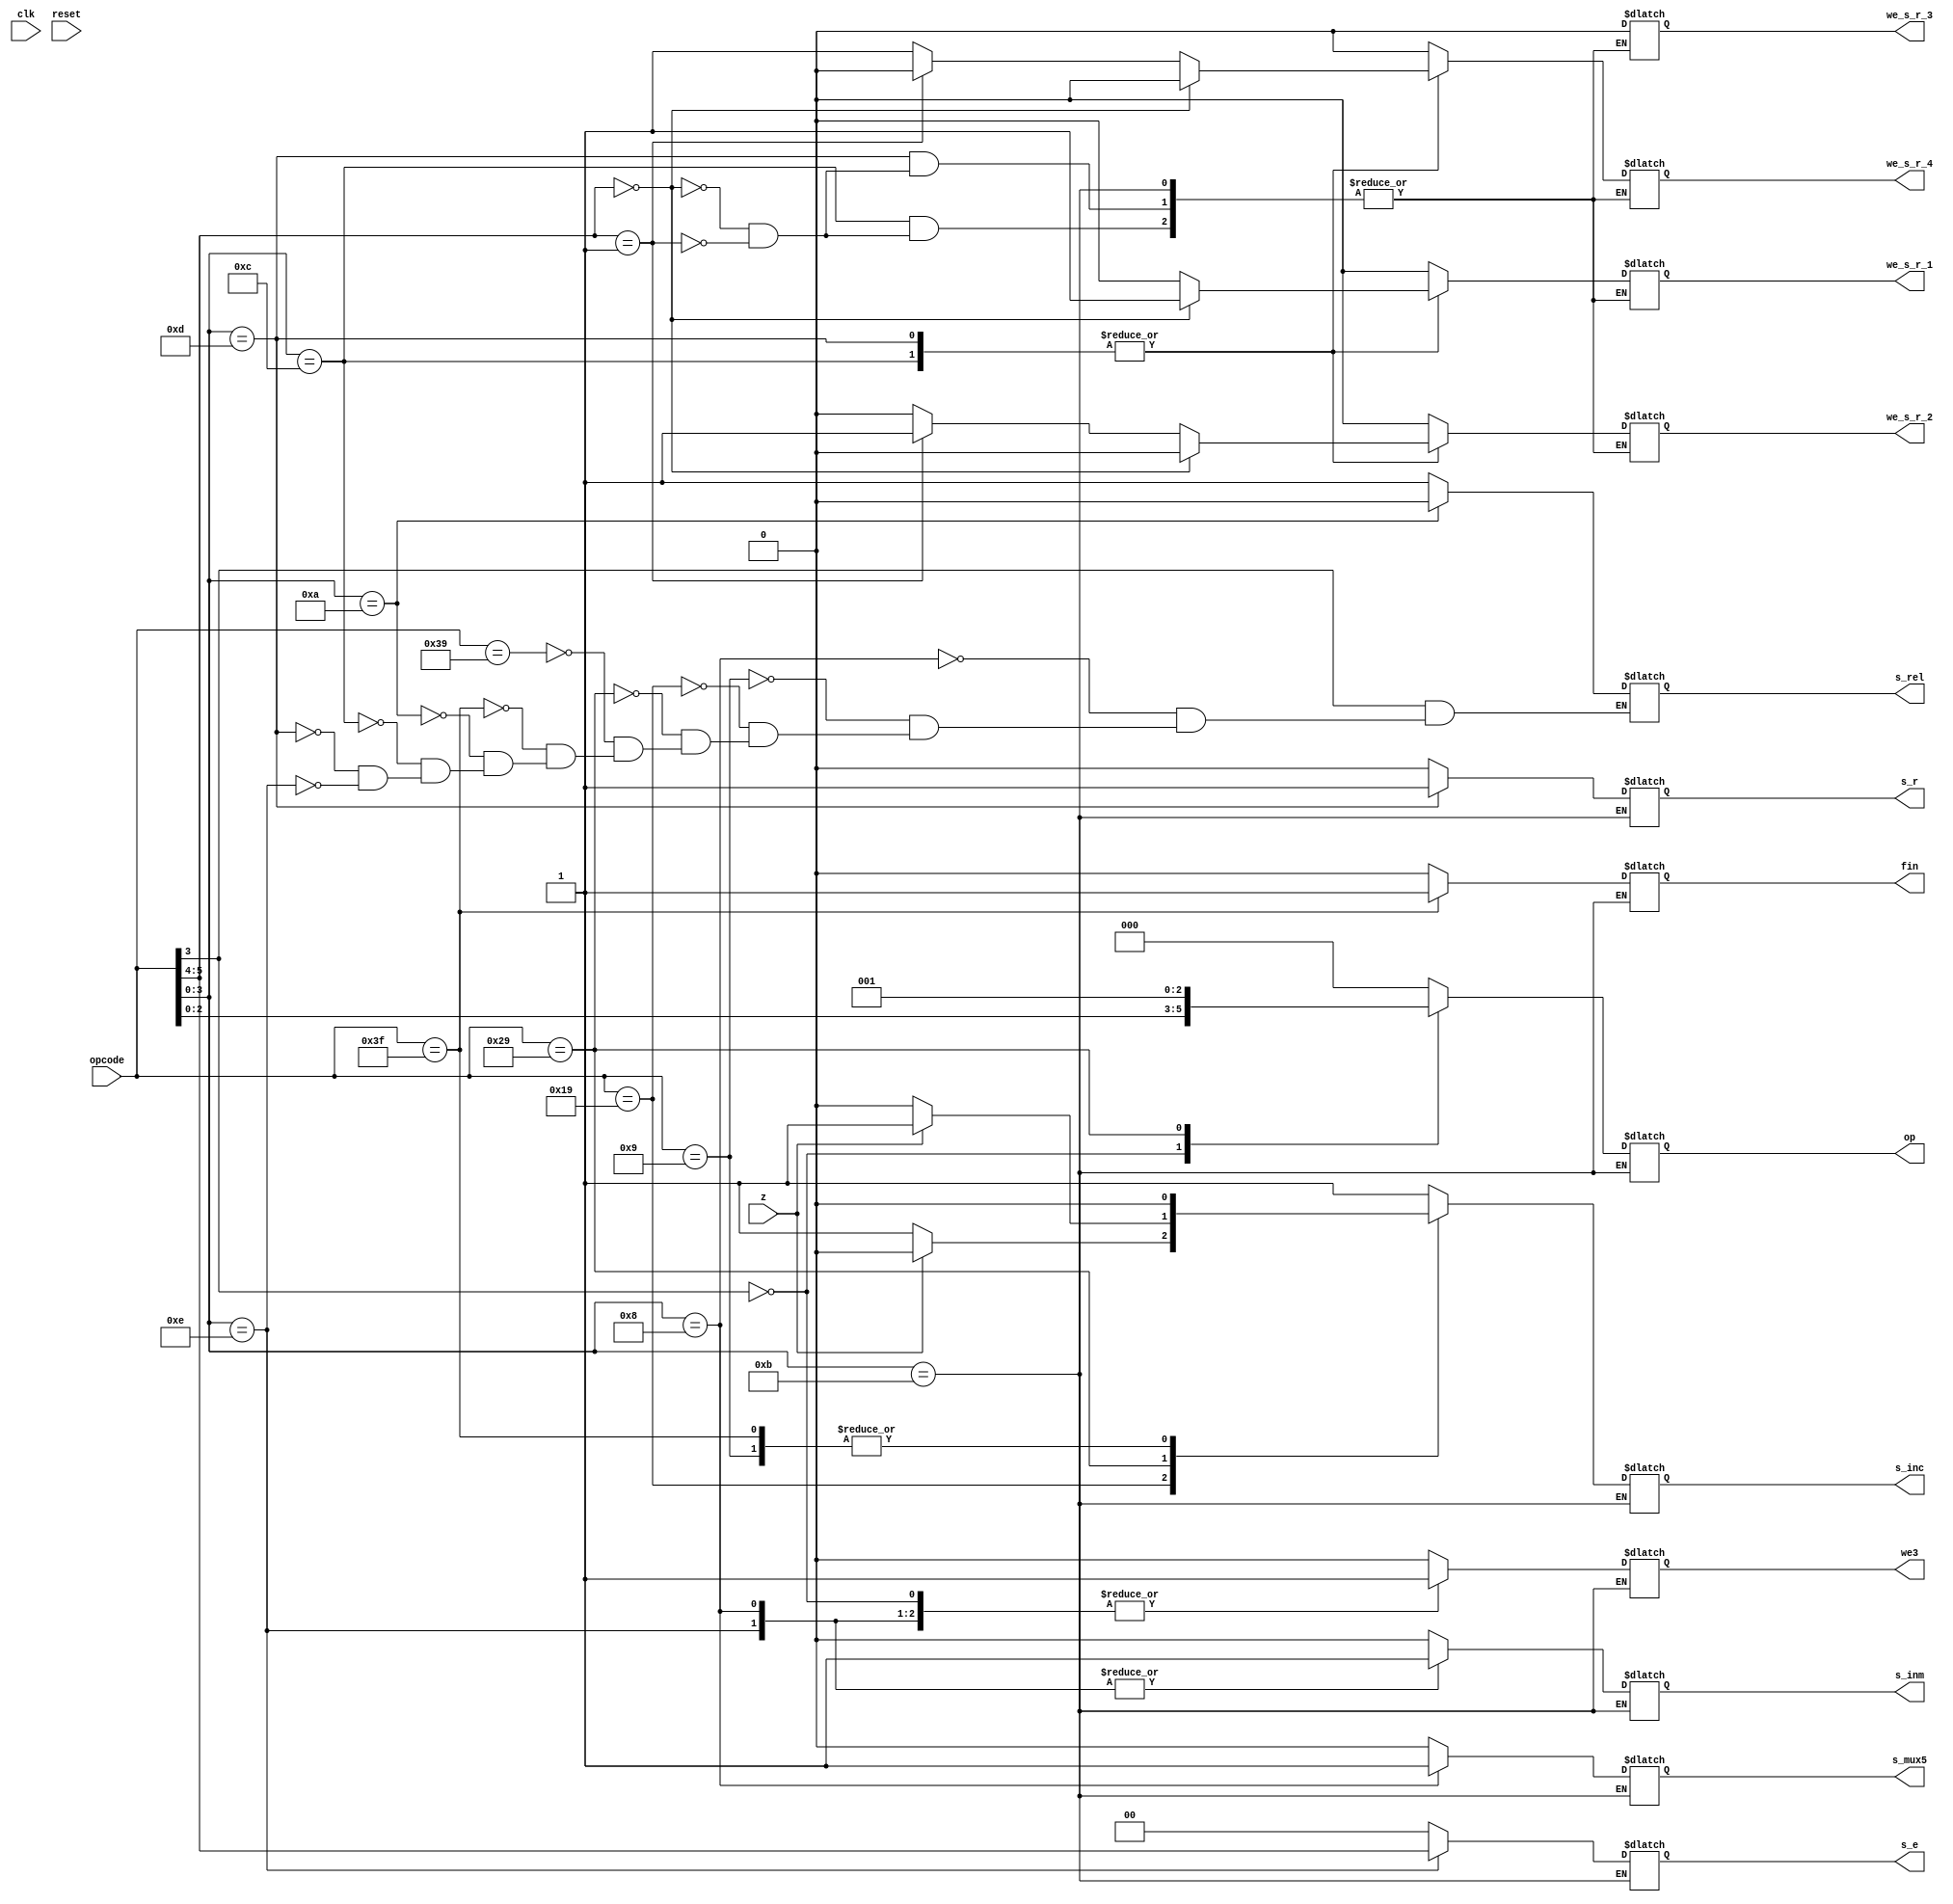
module uc (input wire clk, reset, z, input wire [5:0] opcode,output reg s_r,output reg [1:0] s_e,output reg s_mux5,we_s_r_1,we_s_r_2, we_s_r_3, we_s_r_4,output reg s_inc, s_inm, we3,fin , output reg [2:0] op,output reg s_rel);//Cambiams wire por reg



always @( * )//Posible fallo al no incluir reset
	casex (opcode)
		6'bxx0xxx:				// Operacin aritmtica, cualquiera en la que el 4 bit menos significativo sea 0.
			begin					
				we3 <= 1'b1;		// Activar escritura
				op = opcode[2:0];	// El opcode que manda la Unidad de Control son los 3 primeros bits de opcode.
				s_inc <= 1'b1; 		// Incrementa el PC en 1.
				s_inm <= 1'b0; 		// Activa la salida de la ALU que pasa por el multiplexor al banco de registro
				fin <= 1'b0;
				s_r<=1'b0;
				s_e<=2'b00;
				s_mux5 <= 1'b0;
				we_s_r_1<=1'b0;
				we_s_r_2<=1'b0;
				we_s_r_3<=1'b0;
				we_s_r_4<=1'b0;
				s_rel<=1'b1;
				
			end

		6'bxx1000:				// Carga de un valor inmediato en un registro.
			begin
				s_inc <= 1'b1;		// Incrementa el PC en 1.
				s_inm <= 1'b1;		// WA3 a banco de registro y Dato inmediato a WD3
				we3 <=1'b1;		// Habilitar escritura
				op= 000;
				fin <= 1'b0;
				s_r<=1'b0;
				s_e<=2'b00;
				s_mux5 <= 1'b1;
				we_s_r_1<=1'b0;
				we_s_r_2<=1'b0;
				we_s_r_3<=1'b0;
				we_s_r_4<=1'b0;
				s_rel<=1'b1;
			end

		6'b001001:				// Operacin de salto absoluto 
			begin
				s_inc <= 1'b0;		// Activa que la salida del multiplexor sea la que viene de [15:6] de datos.
				s_inm <= 1'b0;		// Es trivial ya que no se va a usar la ALU ni se va a cargar un valor inmediato.
				we3 <= 1'b0;		// No se va a escribir ningn dato en el banco de Registros.
				op=000;
				fin <= 1'b0;
				s_r<=1'b0;
				s_e<=2'b00;
				s_mux5 <= 1'b0;
				we_s_r_1<=1'b0;
				we_s_r_2<=1'b0;
				we_s_r_3<=1'b0;
				we_s_r_4<=1'b0;
				s_rel<=1'b1;
			end

		6'b011001:				// Operacin de salto condicional 0.
			begin
				s_inm <= 1'b0;		// Es trivial ya que no se va a usar la ALU ni se va a cargar un valor inmediato.
				we3 <= 1'b0;		// No se va a escribir ningn dato en el banco de registros.
				if (z)			// 1 -> resultado op anterior 0
					s_inc <= 1'b0; 	// Salto a la instruccion en registro de direccion
				else
					s_inc <= 1'b1;	// Siguiente instruccion
				op=000;
				fin <= 1'b0;	
				s_r<=1'b0;
				s_e<=2'b00;
				s_mux5 <= 1'b0;
				we_s_r_1<=1'b0;
				we_s_r_2<=1'b0;
				we_s_r_3<=1'b0;
				we_s_r_4<=1'b0;
				s_rel<=1'b1;
			end

		6'b101001:	//Operacin de salto condicional no 0
			begin
				s_inm <= 1'b0;		// Es trivial ya que no se va a usar la ALU ni se va a cargar un valor inmediato.
				we3 <= 1'b0;		// No se va a escribir en ningn dato en el banco de registros.
				if (z)			
					s_inc <= 1'b1;	// Siguiente instruccion
				else
					s_inc <= 1'b0;	// Salto a la siguiente
				op=001;
				fin <= 1'b0;
				s_r<=1'b0;
				s_e<=2'b00;
				s_mux5 <= 1'b0;
				we_s_r_1<=1'b0;
				we_s_r_2<=1'b0;
				we_s_r_3<=1'b0;
				we_s_r_4<=1'b0;
				s_rel<=1'b1;
				
			end

		6'b111001:  //NOP
		      begin
			       fin <= 1'b0;
			       s_inm<=1'b0;
			       we3 <=1'b0;
			       s_inc<=1'b1;
			       op=000;
			       s_r<=1'b0;
			       s_e<=2'b00;
			       s_mux5 <= 1'b0;
			       we_s_r_1<=1'b0;
			       we_s_r_2<=1'b0;
			       we_s_r_3<=1'b0;
			       we_s_r_4<=1'b0;
			       s_rel<=1'b1;
		     end
		6'b111111: //Seal de fin
		    begin
			       fin <= 1'b1;
			       s_inm<=1'b0;
			       we3 <=1'b0;
			       s_inc<=1'b0;
			       op=000;
			       s_r<=1'b0;
			       s_e<=2'b00;
			       s_mux5 <= 1'b0;
			       we_s_r_1<=1'b0;
			       we_s_r_2<=1'b0;
			       we_s_r_3<=1'b0;
			       we_s_r_4<=1'b0;
			       s_rel<=1'b1;
			
		    end
		    
		6'bxx1010: //Salto relativo
		     begin
			       fin <= 1'b0;
			       s_inm<=1'b0;
			       we3 <=1'b0;
			       s_inc<=1'b1;
			       op=000;
			       s_r<=1'b0;
			       s_e<=2'b00;
			       s_mux5 <= 1'b0;
			       we_s_r_1<=1'b0;
			       we_s_r_2<=1'b0;
			       we_s_r_3<=1'b0;
			       we_s_r_4<=1'b0;
			       s_rel<=1'b0;
		     end
		    
		
		6'bxx1011: //SALTO A SUBRUTINA
		    begin
			    
		    
		    
		    end
		
		6'bxx1100: //SALIDA A REGISTRO
		    begin
		              s_inm<=1'b0;
		              we3 <=1'b0;
		              s_inc<=1'b1;
		              op=000;
		              fin <= 1'b0;
		              s_r<=1'b0;
			      s_e<=2'b00;
			      s_mux5 <= 1'b0;
			      s_rel<=1'b1;
			      if(opcode[5:4]==00)
			      begin
				we_s_r_1<=1'b1;
				we_s_r_2<=1'b0;
				we_s_r_3<=1'b0;
				we_s_r_4<=1'b0;
			      end
			      else if(opcode[5:4]==01)
			      begin
				we_s_r_1<=1'b0;
				we_s_r_2<=1'b1;
				we_s_r_3<=1'b0;
				we_s_r_4<=1'b0;
			      end
			      else if(opcode[5:4]==10)
			      begin
				we_s_r_1<=1'b0;
				we_s_r_2<=1'b0;
				we_s_r_3<=1'b1;
				we_s_r_4<=1'b0;
			      end
			      else if(opcode[5:4]==11)
			      begin
				we_s_r_1<=1'b0;
				we_s_r_2<=1'b0;
				we_s_r_3<=1'b0;
				we_s_r_4<=1'b1;
			      end       
		    
		    end
		
		6'bxx1101: //SALIDA INMEDIATA
		    begin
			      s_inm<=1'b0;
			      we3 <=1'b0;
			      s_inc<=1'b1;
			      op=000;
			      fin <= 1'b0;
			      s_r<=1'b1;
			      s_e<=2'b00;
			      s_mux5 <= 1'b0;
			      s_rel<=1'b1;
			      if(opcode[5:4]==00)
			      begin
				we_s_r_1<=1'b1;
				we_s_r_2<=1'b0;
				we_s_r_3<=1'b0;
				we_s_r_4<=1'b0;
			      end
			      else if(opcode[5:4]==01)
			      begin
				we_s_r_1<=1'b0;
				we_s_r_2<=1'b1;
				we_s_r_3<=1'b0;
				we_s_r_4<=1'b0;
			      end
			      else if(opcode[5:4]==10)
			      begin
				we_s_r_1<=1'b0;
				we_s_r_2<=1'b0;
				we_s_r_3<=1'b1;
				we_s_r_4<=1'b0;
			      end
			      else if(opcode[5:4]==11)
			      begin
				we_s_r_1<=1'b0;
				we_s_r_2<=1'b0;
				we_s_r_3<=1'b0;
				we_s_r_4<=1'b1;
			      end       
		    
		    end
		 6'bxx1110: //ENTRADA A REGISTRO
		   begin
			    s_inm<=1'b1;
			    we3 <=1'b1;
			    s_inc<=1'b1;
			    op=000;
			    fin <= 1'b0;
			    s_r<=1'b0;
			    s_e<=opcode[5:4];
			    s_mux5 <= 1'b0;
			    we_s_r_1<=1'b0;
			    we_s_r_2<=1'b0;
			    we_s_r_3<=1'b0;
			    we_s_r_4<=1'b0;
			    s_rel<=1'b1;
		   end
		default: //accion por defecto. Tener todos los casos cubiertos del case ayuda a 
		   begin //evitar errores de ejecucin en el hadware
			    s_inm<=1'b0;
			    we3 <=1'b0;
			    s_inc<=1'b1;
			    op=000;
			    fin <= 1'b0;
			    s_r<=1'b0;
			    s_e<=2'b00;
			    s_mux5 <= 1'b0;
			    we_s_r_1<=1'b0;
			    we_s_r_2<=1'b0;
			    we_s_r_3<=1'b0;
			    we_s_r_4<=1'b0;
		   end
	endcase

endmodule